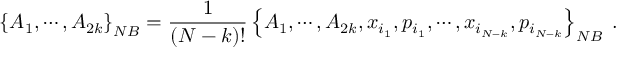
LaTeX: \left\{ A _ { 1 } , \cdots , A _ { 2 k } \right\} _ { { \footnotesize N B } } = \frac { 1 } { \left( N - k \right) ! } \left\{ A _ { 1 } , \cdots , A _ { 2 k } , x _ { i _ { 1 } } , p _ { i _ { 1 } } , \cdots , x _ { i _ { N - k } } , p _ { i _ { N - k } } \right\} _ { { \footnotesize N B } } \; .